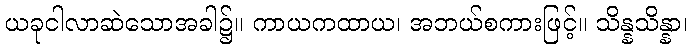
ယခုငါလာဆဲသောအခါ၌။ ကာယကထာယ၊ အဘယ်စကားဖြင့်။ သိန္နသိန္နာ၊